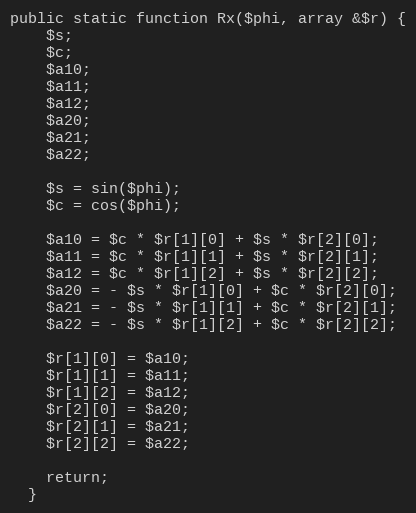
Language: PHP
public static function Rx($phi, array &$r) {
    $s;
    $c;
    $a10;
    $a11;
    $a12;
    $a20;
    $a21;
    $a22;

    $s = sin($phi);
    $c = cos($phi);

    $a10 = $c * $r[1][0] + $s * $r[2][0];
    $a11 = $c * $r[1][1] + $s * $r[2][1];
    $a12 = $c * $r[1][2] + $s * $r[2][2];
    $a20 = - $s * $r[1][0] + $c * $r[2][0];
    $a21 = - $s * $r[1][1] + $c * $r[2][1];
    $a22 = - $s * $r[1][2] + $c * $r[2][2];

    $r[1][0] = $a10;
    $r[1][1] = $a11;
    $r[1][2] = $a12;
    $r[2][0] = $a20;
    $r[2][1] = $a21;
    $r[2][2] = $a22;

    return;
  }